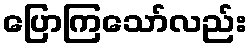
ပြောကြသော်လည်း